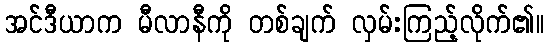
အင်ဒီယာက မီလာနီကို တစ်ချက် လှမ်းကြည့်လိုက်၏။